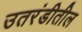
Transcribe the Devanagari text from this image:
उतरंडीतील